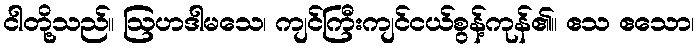
ငါတို့သည်။ ဩဟဒါမသေ၊ ကျင်ကြီးကျင်ငယ်စွန့်ကုန်၏။ ဧသ ဧသော၊